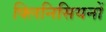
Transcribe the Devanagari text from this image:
क्लिनिसियनों